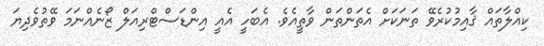
ކިއްލާތައް ޤާއިމުކުރެވޭ ތަނަކަށް އެތަންތަން ވާތީއެވެ. އެބަހީ އެއީ އިންޑަސްޓްރިއަލް ޒޯނެއްނަމަ ވޭތުވެދިޔަ